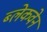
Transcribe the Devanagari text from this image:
ब्लेकवेन